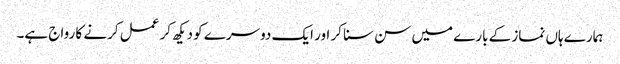
ہمارے ہاں نماز کے بارے میں سن سنا کر اور ایک دوسرے کو دیکھ کر عمل کرنے کا رواج ہے۔